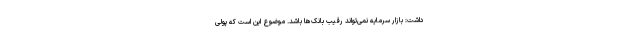
داشت: بازار سرمایه نمی‌تواند رقیب بانک‌ها باشد. موضوع این است که پولی